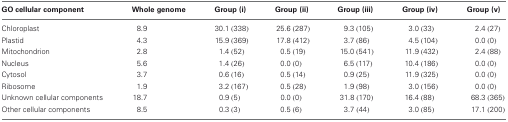
<table><thead><tr><td><b>GO cellular component</b></td><td><b>Whole genome</b></td><td><b>Group (i)</b></td><td><b>Group (ii)</b></td><td><b>Group (iii)</b></td><td><b>Group (iv)</b></td><td><b>Group (v)</b></td></tr></thead><tbody><tr><td>Chloroplast</td><td>8.9</td><td>30.1 (338)</td><td>25.6 (287)</td><td>9.3 (105)</td><td>3.0 (33)</td><td>2.4 (27)</td></tr><tr><td>Plastid</td><td>4.3</td><td>15.9 (369)</td><td>17.8 (412)</td><td>3.7 (86)</td><td>4.5 (104)</td><td>0.0 (0)</td></tr><tr><td>Mitochondrion</td><td>2.8</td><td>1.4 (52)</td><td>0.5 (19)</td><td>15.0 (541)</td><td>11.9 (432)</td><td>2.4 (88)</td></tr><tr><td>Nucleus</td><td>5.6</td><td>1.4 (26)</td><td>0.0 (0)</td><td>6.5 (117)</td><td>10.4 (186)</td><td>0.0 (0)</td></tr><tr><td>Cytosol</td><td>3.7</td><td>0.6 (16)</td><td>0.5 (14)</td><td>0.9 (25)</td><td>11.9 (325)</td><td>0.0 (0)</td></tr><tr><td>Ribosome</td><td>1.9</td><td>3.2 (167)</td><td>0.5 (28)</td><td>1.9 (98)</td><td>3.0 (156)</td><td>0.0 (0)</td></tr><tr><td>Unknown cellular components</td><td>18.7</td><td>0.9 (5)</td><td>0.0 (0)</td><td>31.8 (170)</td><td>16.4 (88)</td><td>68.3 (365)</td></tr><tr><td>Other cellular components</td><td>8.5</td><td>0.3 (3)</td><td>0.5 (6)</td><td>3.7 (44)</td><td>3.0 (85)</td><td>17.1 (200)</td></tr></tbody></table>